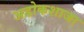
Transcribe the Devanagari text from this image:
अडोकशाजा